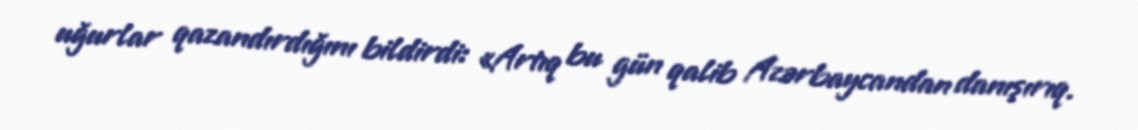
uğurlar qazandırdığını bildirdi: «Artıq bu gün qalib Azərbaycandan danışırıq.